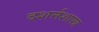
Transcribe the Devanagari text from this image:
दशर्नशास्त्र